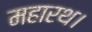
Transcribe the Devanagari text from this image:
महारथ।